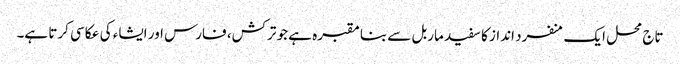
تاج محل ایک منفرد انداز کا سفید ماربل سے بنا مقبرہ ہے جو ترکش، فارس اور ایشاء کی عکاسی کرتا ہے۔